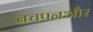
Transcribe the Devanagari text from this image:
बचपनऔर